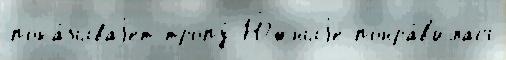
пока́зываjет тропу́ Ю́жныjе понра́в'илась